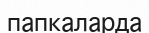
папкаларда